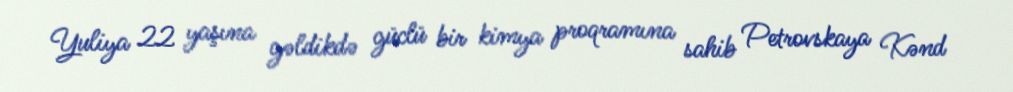
Yuliya 22 yaşına gəldikdə güclü bir kimya proqramına sahib Petrovskaya Kənd